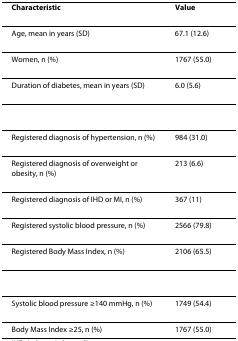
<table><thead><tr><td><b>Characteristic</b></td><td><b>Value</b></td></tr></thead><tbody><tr><td>Age, mean in years (SD)</td><td>67.1 (12.6)</td></tr><tr><td>Women, n (%)</td><td>1767 (55.0)</td></tr><tr><td>Duration of diabetes, mean in years (SD)</td><td>6.0 (5.6)</td></tr><tr><td>Registered diagnosis of hypertension, n (%)</td><td>984 (31.0)</td></tr><tr><td>Registered diagnosis of overweight or obesity, n (%)</td><td>213 (6.6)</td></tr><tr><td>Registered diagnosis of IHD or MI, n (%)</td><td>367 (11)</td></tr><tr><td>Registered systolic blood pressure, n (%)</td><td>2566 (79.8)</td></tr><tr><td>Registered Body Mass Index, n (%)</td><td>2106 (65.5)</td></tr><tr><td>Systolic blood pressure ≥140 mmHg, n (%)</td><td>1749 (54.4)</td></tr><tr><td>Body Mass Index ≥25, n (%)</td><td>1767 (55.0)</td></tr></tbody></table>